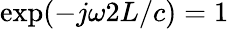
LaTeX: \exp(-j\omega 2L/c)=1